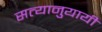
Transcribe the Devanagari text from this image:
सत्यानुयायी